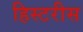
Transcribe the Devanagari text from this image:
हिस्टरीस